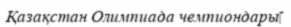
Қазақстан Олимпиада чемпиондары‎